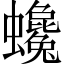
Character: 𧕃